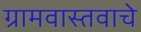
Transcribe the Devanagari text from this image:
ग्रामवास्तवाचे